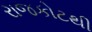
રાજકોટથી